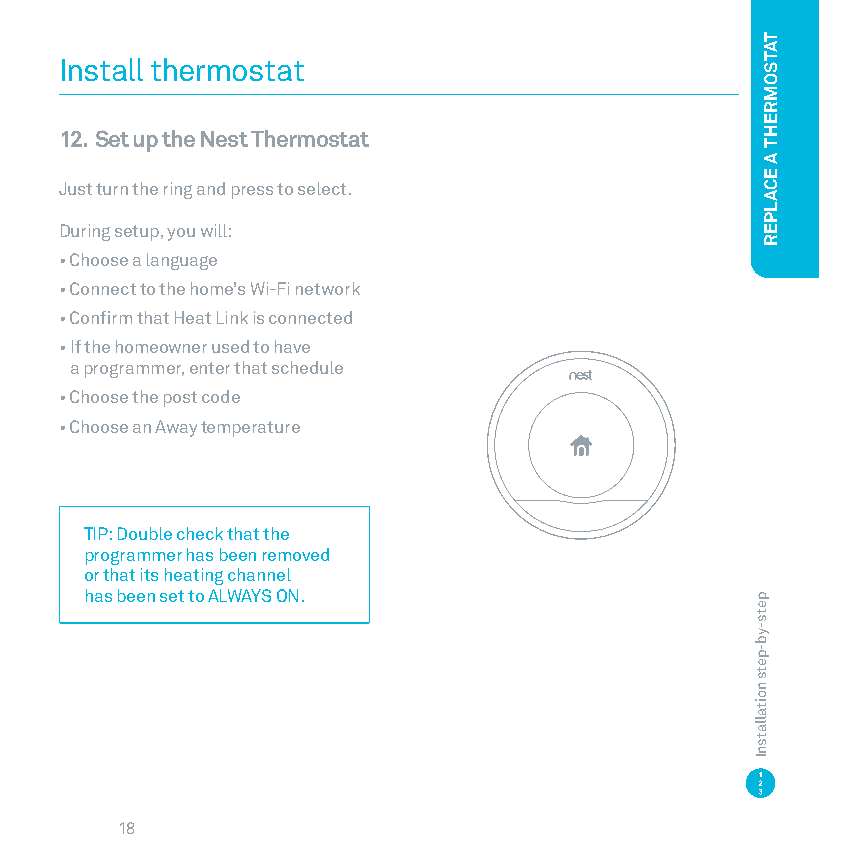
Install thermostat
 12. Set up the Nest Thermostat
 Just turn the ring and press to select
 During setup, you will:
 • Choose a language
 • Connect to the home’s Wi-Fi network
 • Confirm that Heat Link is connected
 • If the homeowner used to have
 a programmer, enter that schedule
 • Choose the post code
 • Choose an Away temperature
 TIP: Double check that the
 programmer has been removed
 or that its heating channel
 has been set to ALWAYS ON.
 18
 pets-yb-pets
 noitallatsnI
 TATSOMREHT
 A
 ECALPER